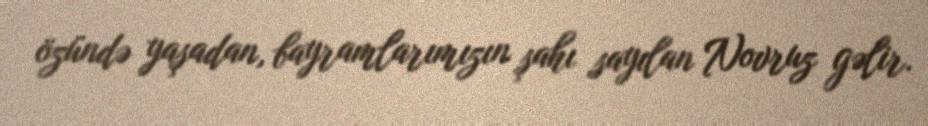
özündə yaşadan, bayramlarımızın şahı sayılan Novruz gəlir.